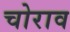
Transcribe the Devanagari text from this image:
चोराव